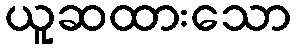
ယူဆထားသော